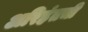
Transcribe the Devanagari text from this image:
अरिहंतची